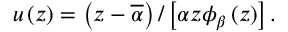
u \left( z \right) = \left( z - \overline { { \alpha } } \right) / \left[ \alpha z \phi _ { \beta } \left( z \right) \right] .